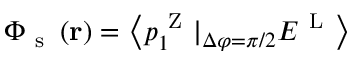
\Phi _ { \mathrm { ~ s ~ } } \left( \mathbf { r } \right) = \left\langle { p _ { 1 } ^ { \mathrm { ~ Z ~ } } | _ { \Delta \varphi = \pi / 2 } E ^ { \mathrm { ~ L ~ } } } \right\rangle